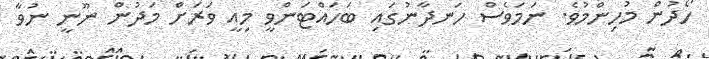
ހޯދުން މުހިންމުވެ. ނަމަަވެސް ހަނދާނުގައި ބަހައްޓަންވީ މިއީ ވަރަށް މަދުން ނޫނީ ނުވާ